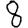
Digit: 8